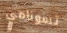
تسونامي